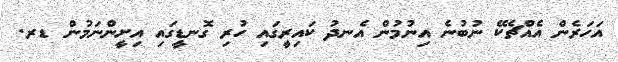
އަހަރެން އެއްޗެކޭ ނުބުނެ އިނުމުން އެނދު ކައިރީގައި ހުރި ގޮނޑީގައި އިށީންނަމުން ޑރ.